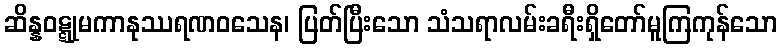
ဆိန္နဝဋ္ဋုမကာနုဿရဏဝသေန၊ ပြတ်ပြီးသော သံသရာလမ်းခရီးရှိတော်မူကြကုန်သော